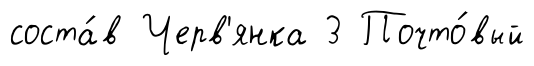
соста́в Черв'янка 3 Почто́вый